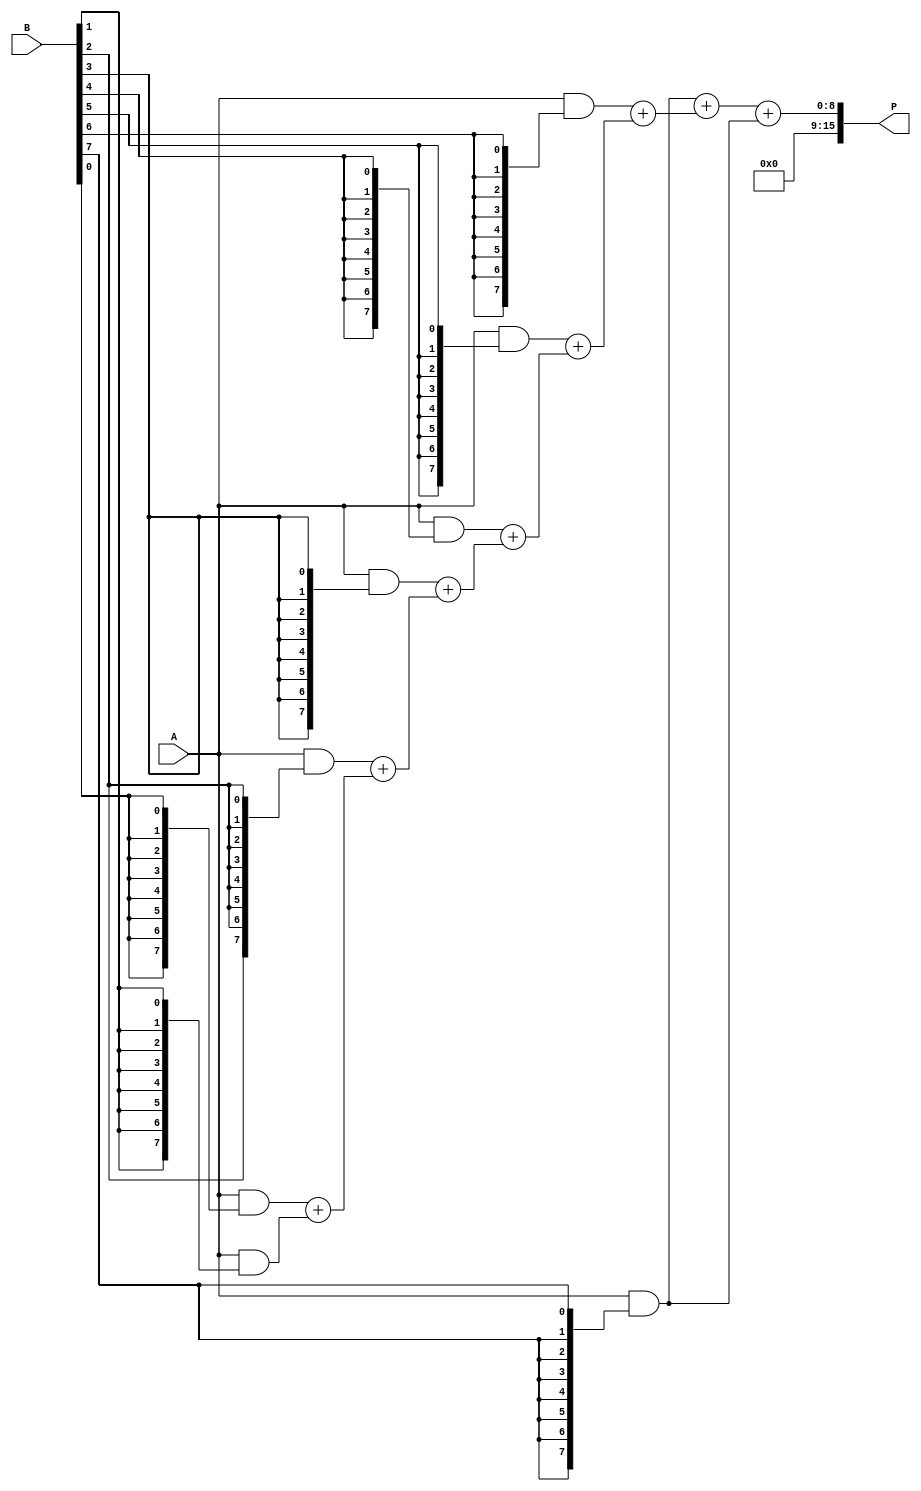
module AdaptiveWallaceTreeMultiplier #(parameter N = 8) (
    input  [N-1:0] A,    // First operand
    input  [N-1:0] B,    // Second operand
    output [2*N-1:0] P   // Product output
);
    wire [N-1:0] pp[N-1:0]; // Partial products matrix
    wire [N-1:0] sum[N-1:0]; // Sums for Wallace tree reduction
    wire [N:0] carry[N-1:0]; // Carry for addition

    // Step 1: Partial Product Generation
    genvar i, j;
    generate
        for (i = 0; i < N; i = i + 1) begin: pp_gen
            assign pp[i] = A & {N{B[i]}}; // AND each bit of B with A
        end
    endgenerate

    // Step 2: Wallace Tree Reduction
    // Initial sum and carry calculation
    generate
        for (i = 0; i < N-1; i = i + 1) begin: reduction
            if (i == 0) begin
                assign sum[i] = pp[0] + pp[1]; // First sum
                assign carry[i][0] = 0; // No carry for the first addition
            end else begin
                assign {carry[i], sum[i]} = pp[i+1] + sum[i-1]; // Add next partial product
            end
        end
    endgenerate

    // Final Addition of the last two sums
    wire [N-1:0] final_sum;
    wire final_carry;
    assign {final_carry, final_sum} = sum[N-2] + pp[N-1];

    // Step 3: Combine final results
    assign P = {final_carry, final_sum}; // Combine the final carry and sum

endmodule